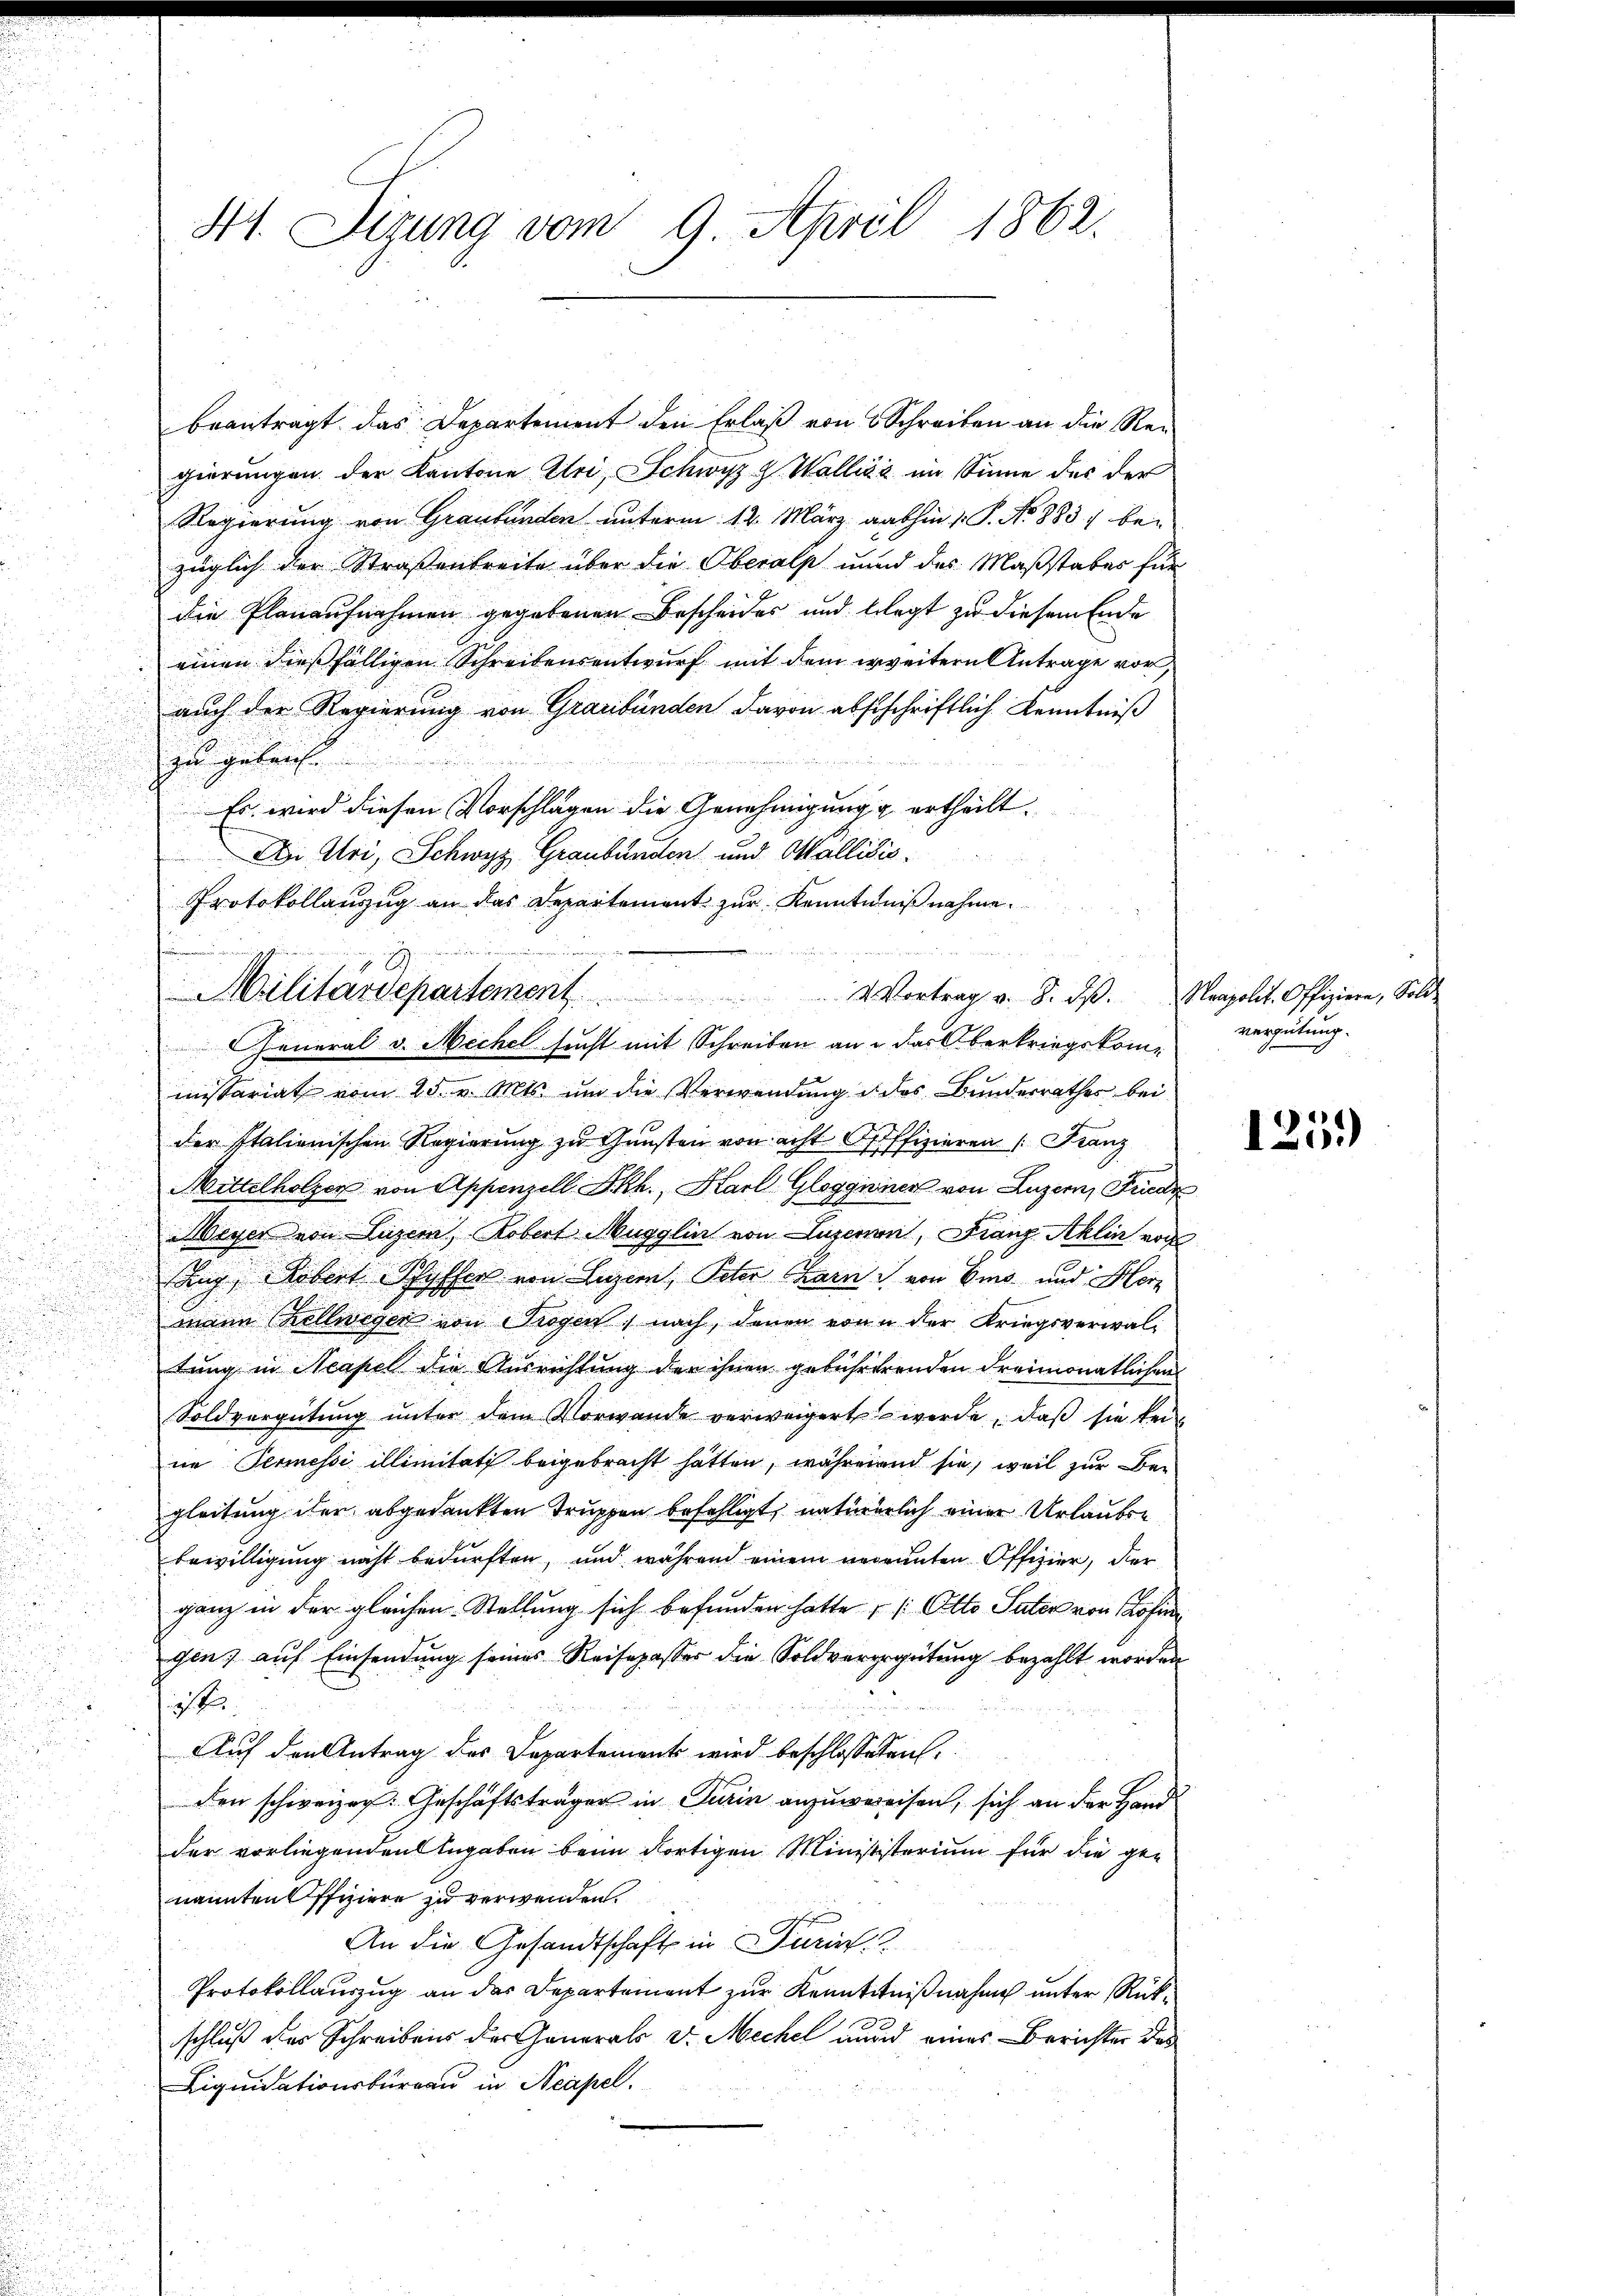
H. Stzung vom 9. April 1862.

beantragt das Departement den Erlaβ von Schreiben an die Rei
gierungen der Kantone Uri, Schwyz & Wallis im Sinne des der
Regierung von Graubünden unterm 12. März gathin 1. P. Nr. 883) be-
züglich der Straßenbreite über die Oberalp unnd des Maßstabes für
die Planaufnahmen gegebenen Bescheides und belegt zu diesem Ende
einen dießfälligen Schreibensentwurf mit dem erweitern Antrage vor
auch der Regierung von Graubünden davon abstschriftlich Kenntniß
zu gelaufe
Es wird diesen Vorschlagen die Genehmigung u ertheilt.
Di Uri, Schwyz, Graubünden und Mallisis.
Protokollanzug an das Departement zur Kenntnißnahme.
missariat vom 25. v. Mts. um die Verwendung d des Bundesrathes bei
der Italienischen Regierung zu Gunsten von acht Offizieren (Franz
Mittelholzer von Appenzell I.Rh., Karl Gloggniner von Luzern, Friede
Meyer von Luzern, Robert Mugglin von Luzern, Franz Aklin vor
Ang Robert Pfyffer von Luzern, Peter Garn von Emo- und Herz
mann Zellwegen von Trogen nach, denen von der Kriegsverwal¬
u
tung in Neapel die Ausrichtung der ihnen gebührerenden dreimonatlichen
Soldvergütung unter dem Vorwande verweigert werde, daß sie kein
ne Permessi illimitati beigebracht hatten, während sie, weil zur Begleitung der abgedankten Truppen befehligt, naturerlich einer Urlauben
bewilligung nicht bedürften, und während einem necennten Offizier, der
ganz in der gleichen Stellung sich befunden hatte – ( Otto Pater von Rosin
gen; auf Einsendung seines Reisepasser die Soldverergütung bezahlt worden

.
Auf den Antrag des Departement wird beschlosseten
den schweizer. Geschäftsträger in Turin anzuweisen, sich an der Hand
der vorliegenden Angaben beim dortigen Minististerium für die genannten Offiziere zu verwenden.
An die Gesandtschaft in Turin
Protokollauszug an das Departement zur Kenntnißnahme unter Rückschluß der Schreibens der Generals d. Mechel und eines Berichter des
Liquidationsbüreau in Neapel.
un
.
d
u

Militärdepartement                    2 Vortrag v. 8. dβ. Neapolit. Offiziere, Sold-
General v. Mechel sucht mit Schreiben an das Oberkriegskom¬

vergütung.

125.)